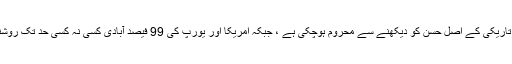
سنگاپور میں تو سو فیصد آبادی رات کی تاریکی کے اصل حسن کو دیکھنے سے محروم ہوچکی ہے ، جبکہ امریکا اور یورپ کی 99 فیصد آبادی کسی نہ کسی حد تک روشنی کی آلودگی میں زندگی گزار رہی ہے ۔